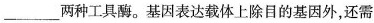
___两种工具酶。基因表达载体上除目的基因外，还需